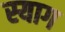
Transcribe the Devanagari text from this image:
स्याग